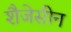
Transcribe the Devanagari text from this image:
शैजेसीन